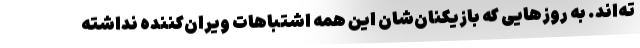
ته‌اند. به روزهایی که بازیکنان‌شان این همه اشتباهات ویران‌کننده نداشته